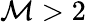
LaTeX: \mathcal{M}>2